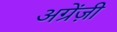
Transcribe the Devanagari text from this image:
अग्रेंज़ी